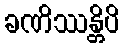
ခဏိဿန္တိပိ